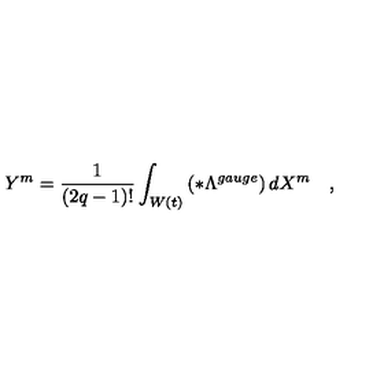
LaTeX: Y ^ { m } = \frac 1 { \left( 2 q - 1 \right) ! } \int _ { W \left( t \right) } \left( * \Lambda ^ { g a u g e } \right) d X ^ { m } \quad ,